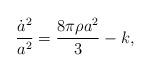
LaTeX: \begin{align*}{\dot a^2\over a^2} = \frac{8\pi \rho a^2}{3} - k,\end{align*}